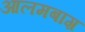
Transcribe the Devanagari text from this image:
आलमबाग़